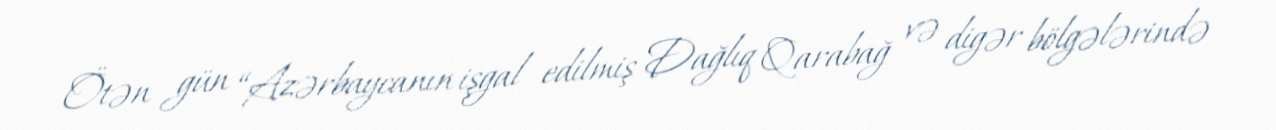
Ötən gün “Azərbaycanın işgal edilmiş Dağlıq Qarabağ və digər bölgələrində